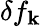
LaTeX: \delta f_{\mathbf{k}}